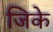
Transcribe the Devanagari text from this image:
जिके